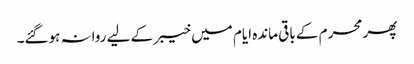
پھر محرم کے باقی ماندہ ایام میں خیبر کے لیے روانہ ہوگئے۔